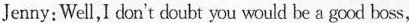
Jenny:Well,I don't doubt you would be a good boss,